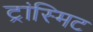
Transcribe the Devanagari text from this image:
ट्रांस्मिट